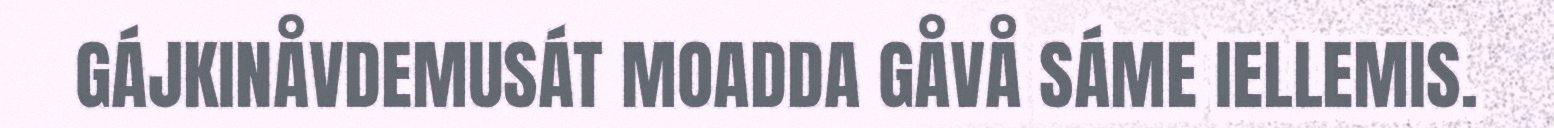
GÁJKINÅVDEMUSÁT MOADDA GÅVÅ SÁME IELLEMIS.